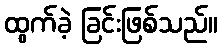
ထွက်ခဲ့ ခြင်းဖြစ်သည်။